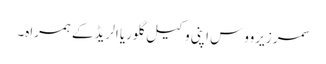
سمر زیرووس اپنی وکیل گلوریا الریڈ کے ہمراہ۔